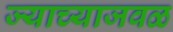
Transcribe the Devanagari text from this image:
ज्याच्याजवळ